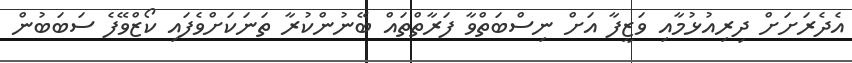
އެދެރަށަށް ދިރިއުޅުމާއި ވަޒީފާ އަށް ނިސްބަތްވާ ފަރާތްތައް ބޭނުންކުރާ ތަނަކަށްވެފައި ކޯޒްވޭފެ ސަބަބުން